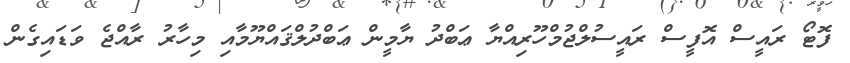
ފޮޓޯ ރައީސް އޮފީސް ރައީސުލްޖުމްހޫރިއްޔާ ޢަބްދު ޔާމީން ޢަބްދުލްޤައްޔޫމާއި މިހާރު ރާއްޖެ ވަޑައިގެން